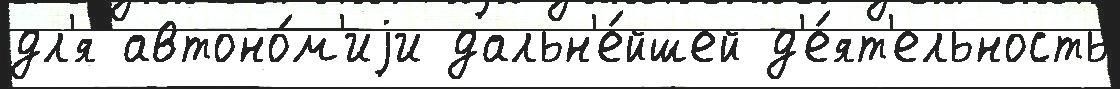
дл'я автоно́м'иjи дальн'е́йшей д'е́ят'ельность